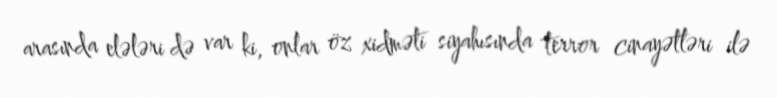
arasında elələri də var ki, onlar öz xidməti siyahısında terror cinayətləri ilə